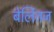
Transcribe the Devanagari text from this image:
बेर्लितज